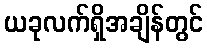
ယခုလက်ရှိအချိန်တွင်